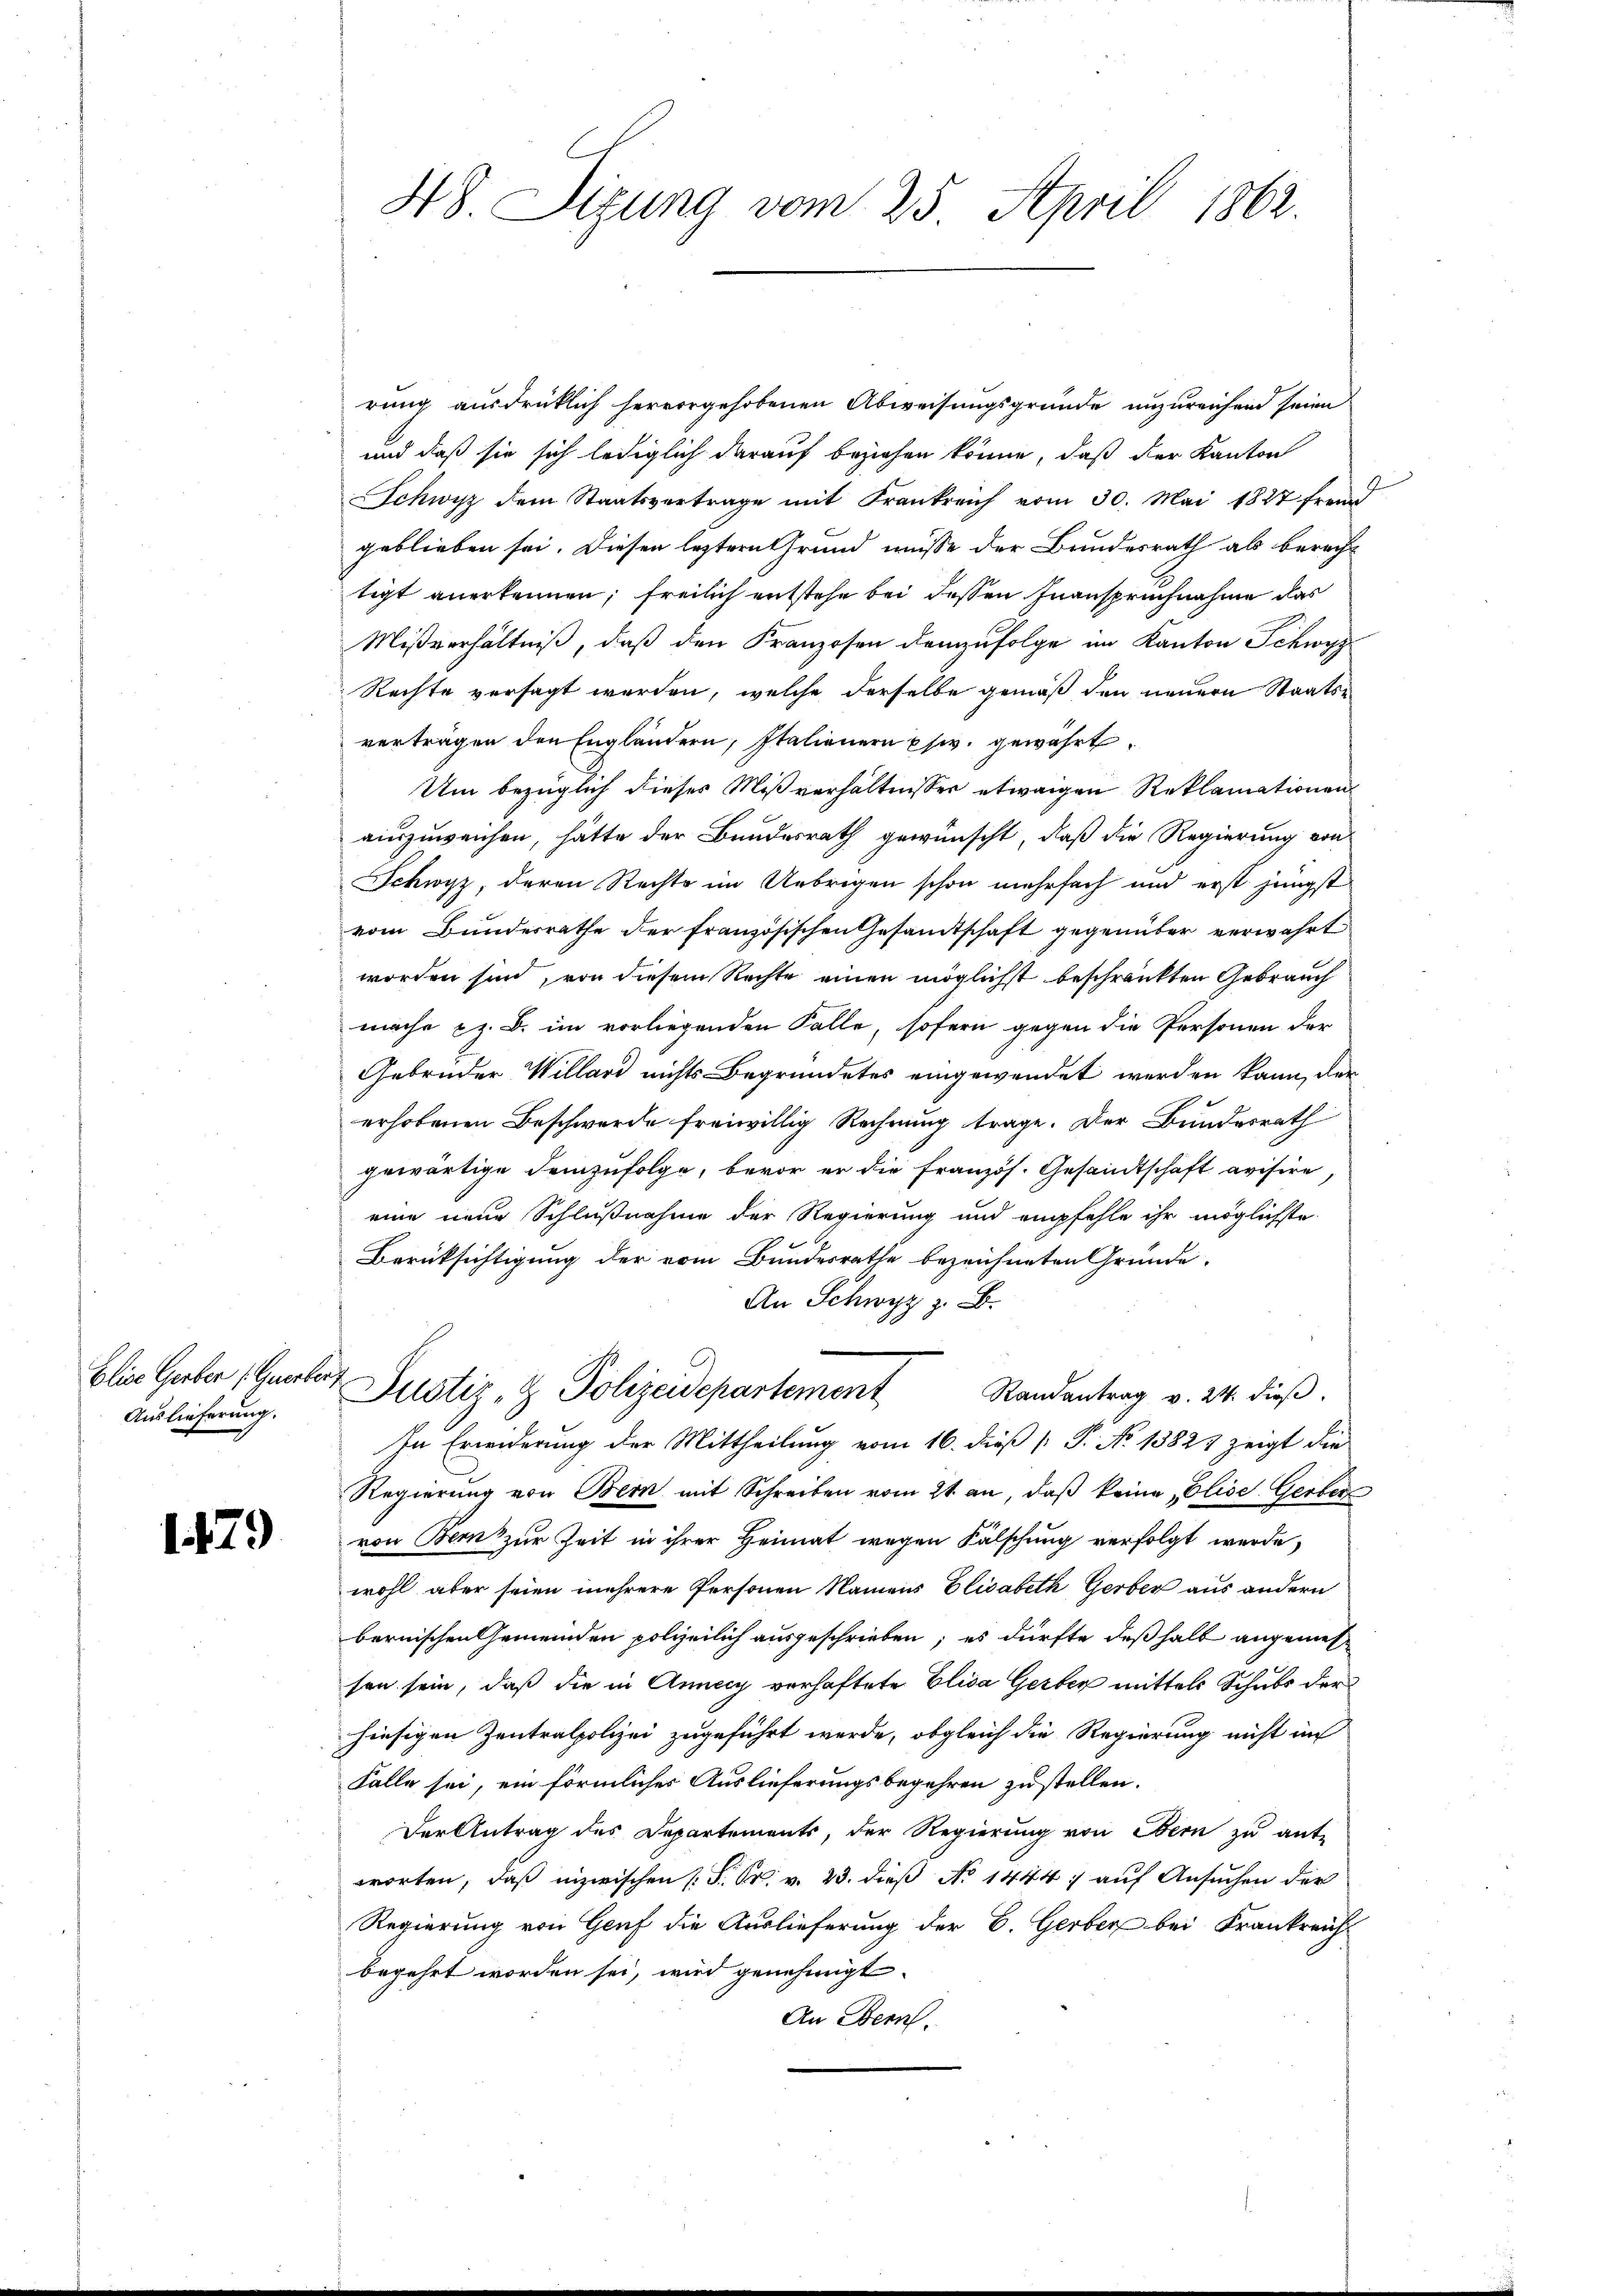
Elise Gerber (Gueber,
Auslieferung.

1479

rung ausdrücklich hervorgehobenen Abweisungsgründe unzureichend seien
und daß sie sich lediglich darauf beziehen könne, daß der Kanton
Schwyz dem Staatsvertrage mit Frankreich vom 30. Mai 1827 freu
geblieben sei. Diesen leztere Grund müsse der Brindesrath als berecht
tigt anerkennen; freilich entstehe bei dessen Inanspruchnahme das
Mißverhältniß, daß den Kranzosen demzufolge im Kanton Schwyz
Rechte versagt werden, welche derselbe gemäß den neuern Staatsverträgen den Engländern, Italienern psw. gewährt.
Um bezüglich dieses Mißverhältnisser etwaigen Reklamationen
auszuweichen, hätte der Bundesrath gewünscht, daß die Regierung von
Schwyz, deren Rechte im Uebrigen schon mehrfach und erst jüngst
vom Bundesrathe der französischen Gesandtschaft gegenüber verwahrt
worden sind, von diesem Rechte einen möglichst beschränkten Gebrauch
mache z. B. im vorliegenden Falle, sofern gegen die Personen der
Gebrüder Willard nichts Begründetes eingewendet werden kann, der
erhobenen Beschwerde freiwillig Rechnung trage. Der Bundesrath
gewärtige Demzufolge, bevor er die Französ. Gesandtschaft avisire,
eine neue Schlußnahme der Regierung und empfehle ihr möglichste
Berücksichtigung der vom Bundesrathe bezeichneten Gründe.
An Schwyz z. B.
 Justiz- & Polizeidepartement
Randantrag v. 24. dieβ.
In Erwiderung der Mittheilung vom 16. dieß [ P. No 13827 zeigt die
Regierung von Bern mit Schreiben vom 21. an, daß keine Elise. Gerber
von Bern zur Zeit in ihrer Heimat wegen Fälschung verfolgt werde,
wohl aber seien mehrere Personen Namens Elisabeth Gerber aus andern
bernischen Gemeinden polizeilich ausgeschrieben; es dürfte deßhalb angemessen sein, daß die in Annay verhaftete Elisa Gerber mittels Schubs der
hiesigen Zentralpolizei zugeführt werde, obgleich die Regierung nicht im
Falle sei, ein förmlicher Auslieferungsbegehren zustellen.
Der Antrag des Departements, der Regierung von Bern zu ant-
worten, daß inzwischen (S. S. v. 23. dieß No 1444 auf Ansuchen der
Regierung von Genf die Auslieferung der B. Gerber bei Frankreich
begehrt worden sei, wird genehmigt.
An Bern.

48. Sizung vom 25. April 1862.